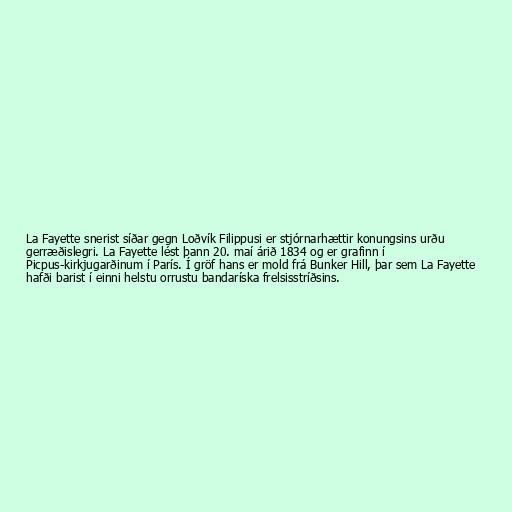
La Fayette snerist síðar gegn Loðvík Filippusi er stjórnarhættir konungsins urðu
gerræðislegri. La Fayette lést þann 20. maí árið 1834 og er grafinn í
Picpus-kirkjugarðinum í París. Í gröf hans er mold frá Bunker Hill, þar sem La Fayette
hafði barist í einni helstu orrustu bandaríska frelsisstríðsins.